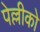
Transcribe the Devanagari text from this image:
पेल्लीको